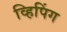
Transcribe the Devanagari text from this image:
व्हिपिंग